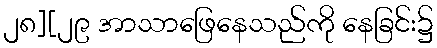
၂၈][၂၉ အာသာဖြေနေသည်ကို နေခြင်း၌